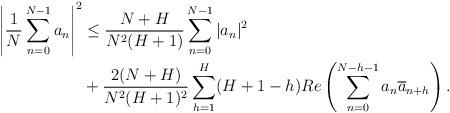
LaTeX: \begin{align*}\left| \frac{1}{N} \sum_{n=0}^{N-1} a_n \right|^2 &\leq \frac{N+H}{N^2(H+1)} \sum_{n=0}^{N-1} |a_n|^2 \\&+ \frac{2(N+H)}{N^2(H+1)^2} \sum_{h=1}^H (H + 1 - h) Re \left( \sum_{n=0}^{N-h-1} a_n \overline{a}_{n+h} \right). \end{align*}